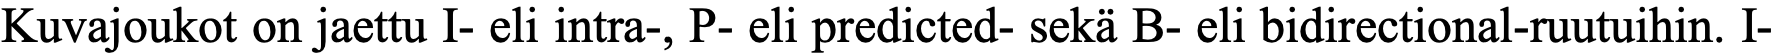
Kuvajoukot on jaettu I- eli intra-, P- eli predicted- sekä B- eli bidirectional-ruutuihin. I-